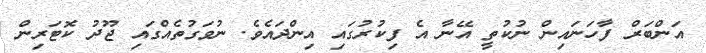
އަންބަރް ފާހަނައިން ނުކުތީ އޭނާ އެ ފިކުރުގައި އިންދައެވެ. ނުވަގުތެއްގައި ޖޫދު ކޮޓަރިން